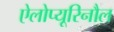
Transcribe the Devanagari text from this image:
ऐलोप्यूरिनौल